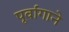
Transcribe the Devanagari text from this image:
पूर्वांगाने